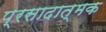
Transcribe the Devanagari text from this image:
प्रसादात्मक